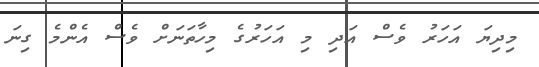
މިދިޔަ އަހަރު ވެސް އަދި މި އަހަރުގެ މިހާތަނަށް ވެސް އެންމެ ގިނަ